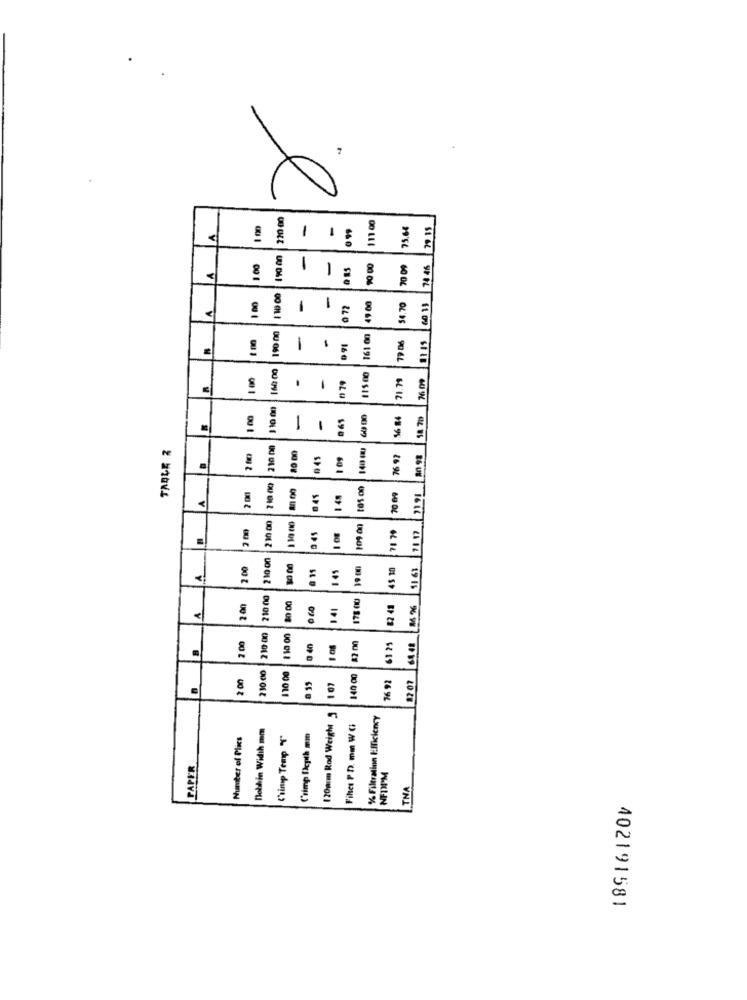
220 m
111 00
1 00
-
099
75.64
A
11
-
1.00
-
70 04
74 46
110 00
-
-
A
0 72
4900
54.70
60 11
8
199 :00
-
-
161 00
.91
160:00
11500
1 00
-
079
1 10 .00
-
-
TABLE 2
109
76 97
A
045
210 00
0 45
71 17
210 00
2.00
11
145
45 10
1
210 00
2 00
141
82 41
7 00
210 00
0 40
63 25
64.48
210:00
2 .00
110 00
16 92
1 07
8
87 07
120arm Rod Weight
% Filtration Efficiency
Bothin Width mm
Fines P DD. mm W G
Number of Plics
Crimp Depth mm
PAPER
NFDPM
THA
18916120⑇